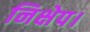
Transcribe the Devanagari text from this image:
निक्षेप।